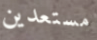
مستعدين